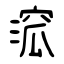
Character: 溛